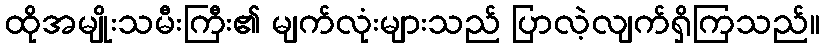
ထိုအမျိုးသမီးကြီး၏ မျက်လုံးများသည် ပြာလဲ့လျက်ရှိကြသည်။